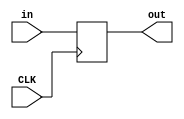
 `timescale 1ns / 1ps
 //
module DR(
    input CLK,
    input [31:0] in,
    output reg[31:0] out
);
    always@(posedge CLK)begin
        out<=in;
    end
endmodule